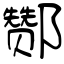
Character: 酂